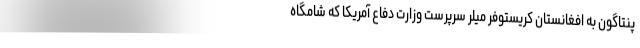
پنتاگون به افغانستان کریستوفر میلر سرپرست وزارت دفاع آمریکا که شامگاه